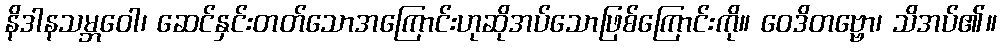
နိဒါနသမ္ဘဝေါ၊ ဆေင်နှင်းတတ်သောအကြောင်းဟုဆိုအပ်သောဖြစ်ကြောင်းကို။ ဝေဒိတဗ္ဗော၊ သိအပ်၏။